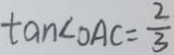
\tan \angle O A C = \frac { 2 } { 3 }